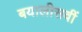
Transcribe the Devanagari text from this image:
बयालीसवीं